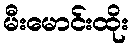
မီးမောင်းထိုး